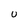
Character: U